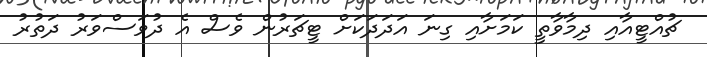
ޗުއްޓީއާއި ދިމާވާތީ ކަމަށާއި ގިނަ އަދަދަކަށް ޓީޗަރުން ވެސް އެ ދުވަސްވަރު ދަތުރު